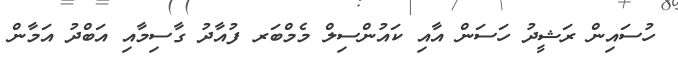
ހުސައިން ރަޝީދު ހަސަން އާއި ކައުންސިލް މެމްބަރ ފުއާދު ގާސިމާއި އަބްދު އަމާން